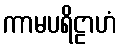
ကာမပရိဠာဟံ